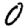
Digit: 0